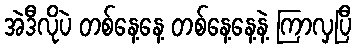
အဲဒီလိုပဲ တစ်နေ့နေ့ တစ်နေ့နေ့နဲ့ ကြာလှပြီ